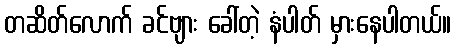
တဆိတ်လောက် ခင်ဗျား ခေါ်တဲ့ နံပါတ် မှားနေပါတယ်။